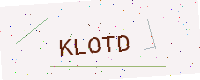
Text: KLOTD